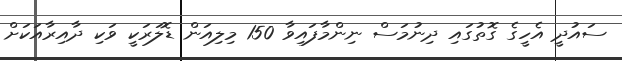
ސައުދީ އެހީގެ ގޮތުގައި ދިނުމަސް ނިންމާފައިވާ 150 މިލިއަން ޑޮލަރަކީ ވަކި ދާއިރާއަކަށް